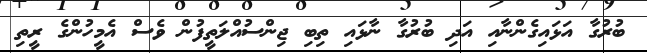
ބުރުގާ އަޅައިގެންނާއި އަދި ބުރުގާ ނާޅައި ތިބި ޖިންސުއްލަތީފުން ވެސް އެމީހުންގެ ރީތި